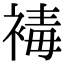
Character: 𧛔